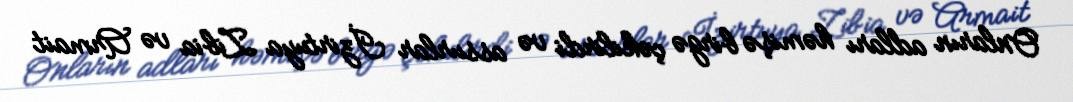
Onların adları həmişə birgə çəkilirdi və assurlar İzirtuya Zibia və Armait